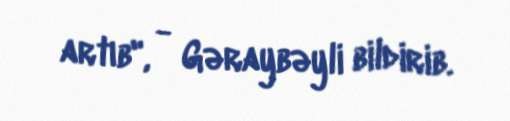
artıb", - Gəraybəyli bildirib.